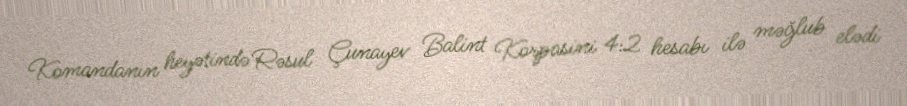
Komandanın heyətində Rəsul Çunayev Balint Korpasini 4:2 hesabı ilə məğlub elədi